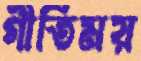
গীতিময়